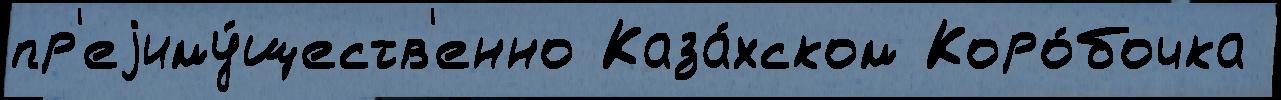
пр'еjиму́ществ'енно Каза́хском Коро́бочка